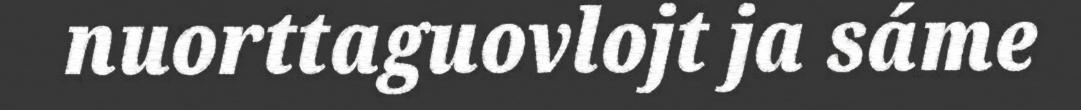
nuorttaguovlojt ja sáme